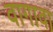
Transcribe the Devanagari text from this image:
वागावा